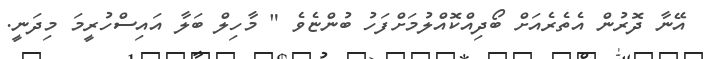
އޭނާ ދޮރުން އެތެރެއަށް ބޯދިއްކޮއްލުމަށްފަހު ބުންޏެވެ " މާހިލް ބަލާ އައިސްހުރީމަ މިދަނީ.